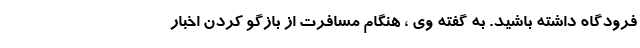
فرودگاه داشته باشید. به گفته وی ، هنگام مسافرت از بازگو کردن اخبار